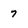
Character: 7